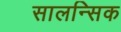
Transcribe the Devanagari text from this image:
सालन्सिक